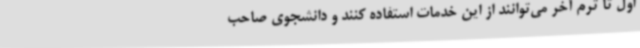
اول تا ترم آخر می‌توانند از این خدمات استفاده کنند و دانشجوی صاحب